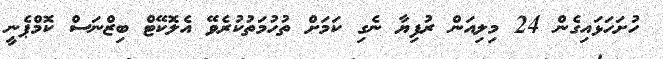
ހުށަހަޅައިގެން 24 މިލިއަން ރުފިޔާ ނެގި ކަމަށް ތުހުމަތުކުރެވޭ އެލޮކޭޓް ބިޒްނަސް ކޮމްޕެނީ